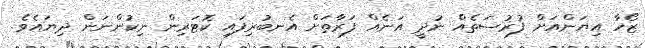
ޒޯހާ އިޔަންއަށް ފުރުސަތެއް ނުދީ އަނެއް ފަރާތަށް އެނބުރިފައި ކޮޓަރިން ނިކުންނަން ދިޔައެވެ.